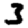
Digit: 3